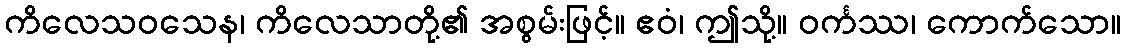
ကိလေသဝသေန၊ ကိလေသာတို့၏ အစွမ်းဖြင့်။ ဧဝံ၊ ဤသို့။ ဝင်္ကဿ၊ ကောက်သော။